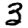
Digit: 3